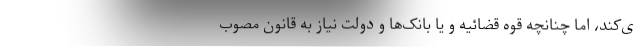
ی‌کند، اما چنانچه قوه قضائیه و یا بانک‌ها و دولت نیاز به قانون مصوب